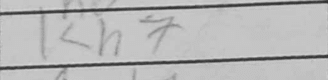
Transcription: Kh7